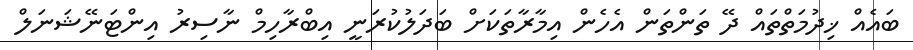
ބައެއް ޚިދުމަތްތައް ދޭ ތަންތަން އެހެން އިމާރާތަކަށް ބަދަލުކުރަނީ އިބްރާހިމް ނާސިރު އިންޓަނޭޝަނަލް